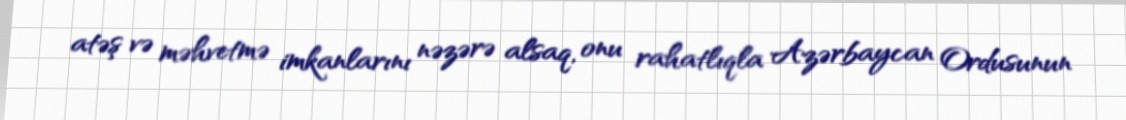
atəş və məhvetmə imkanlarını nəzərə alsaq, onu rahatlıqla Azərbaycan Ordusunun